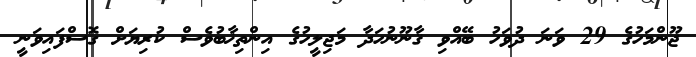
ޖޫންމަހުގެ 29 ވަނަ ދުވަހު ބޭއްވި ޤާނޫނުހަދާ މަޖިލީހުގެ އިންތިޚާބުވެސް ކުރިޔަށް ގޮސްފައިވަނީ